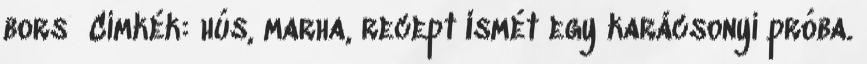
bors Címkék: hús, marha, recept Ismét egy karácsonyi próba.